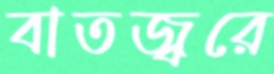
বাতজ্বরে